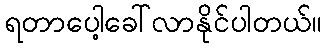
ရတာပေါ့ခေါ်လာနိုင်ပါတယ်။